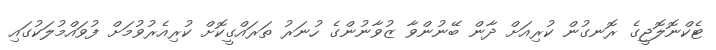
ޓެކްނޮލޮޖީގެ ރޮނގުން ކުރިއަށް ދާން ބޭނުންވާ ޒުވާނުންގެ ހުނަރު ތަރައްގީކޮށް ކުރިއެރުވުމަށް ފުވައްމުލަކުގައި